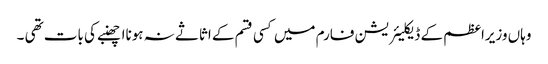
وہاں وزیراعظم کے ڈیکلیئریشن فارم میں کسی قسم کے اثاثے نہ ہونااچھنبے کی بات تھی ۔